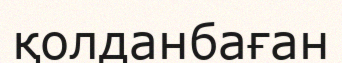
қолданбаған